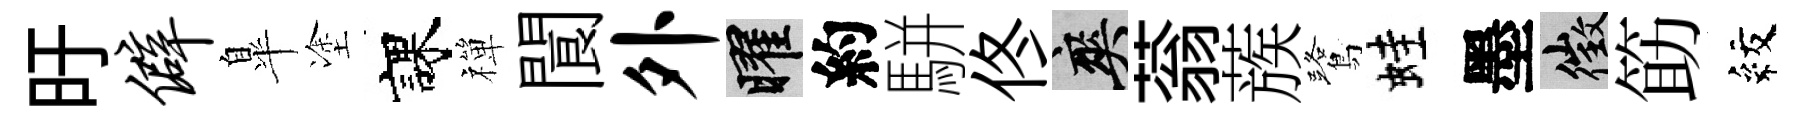
旴僻臯塗課禪閬外曜約駢佟爽蓊蔟鷺蛙墨徵筯紋